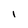
Character: i